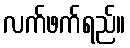
လက်ဖက်ရည်။